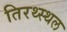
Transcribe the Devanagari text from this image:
तिरथ्स्थल